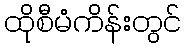
ထိုစီမံကိန်းတွင်